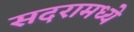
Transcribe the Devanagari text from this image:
सदरामध्ये